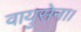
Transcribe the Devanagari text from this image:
वायुसेना।